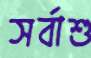
সর্বাশু